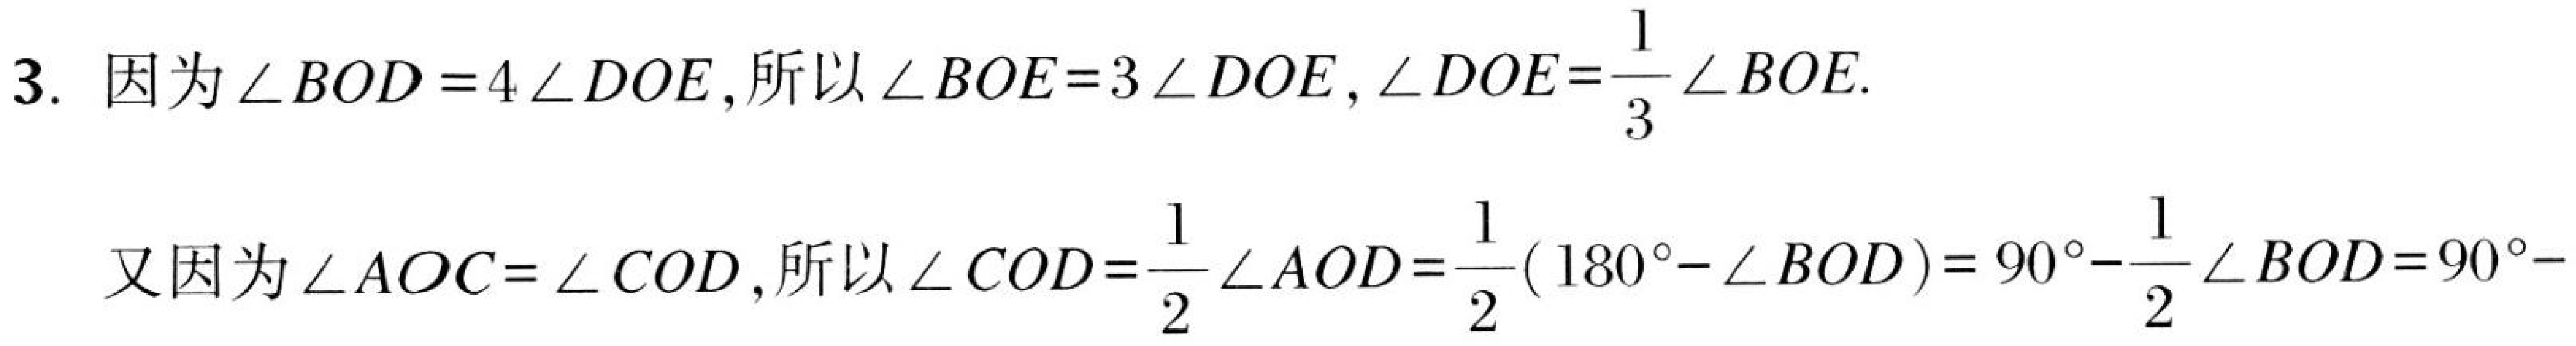
3. 因为\(\angle BOD = 4\angle DOE\)，所以\(\angle BOE = 3\angle DOE\)，\(\angle DOE=\dfrac{1}{3}\angle BOE\).
又因为\(\angle AOC=\angle COD\)，所以\(\angle COD=\dfrac{1}{2}\angle AOD=\dfrac{1}{2}(180^{\circ}-\angle BOD)=90^{\circ}-\dfrac{1}{2}\angle BOD = 90^{\circ}-\)